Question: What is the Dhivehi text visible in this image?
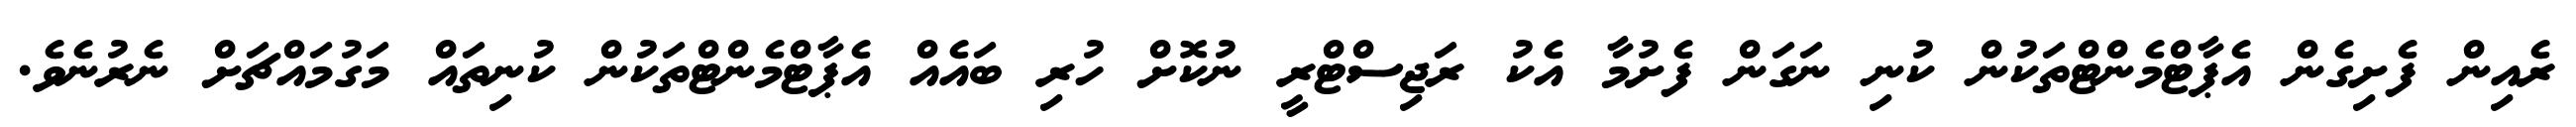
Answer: ރެއިން ފެށިގެން އެޕާޓްމެންޓްތަކުން ކުނި ނަގަން ފެށުމާ އެކު ރަޖިސްޓްރީ ނުކޮށް ހުރި ބައެއް އެޕާޓްމެންޓްތަކުން ކުނިތައް މަގުމައްޗަށް ނެރުނެވެ.